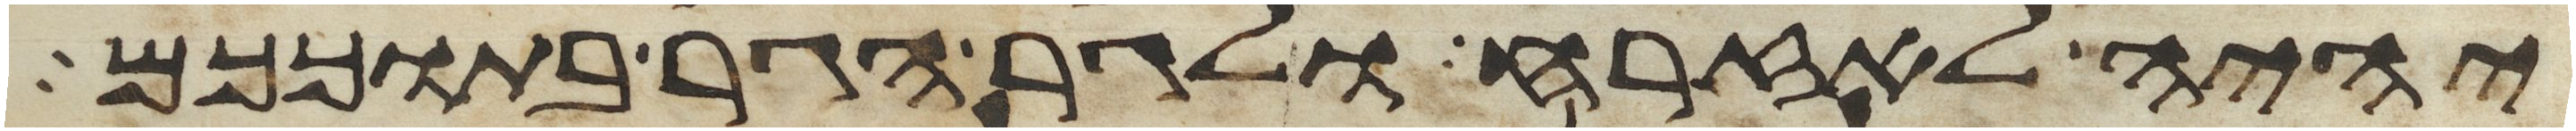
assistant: יהיה לאזרח ולגר הגר בתוככם